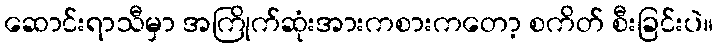
ဆောင်းရာသီမှာ အကြိုက်ဆုံးအားကစားကတော့ စကိတ် စီးခြင်းပဲ။